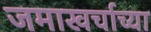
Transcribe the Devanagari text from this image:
जमाखर्चाच्या